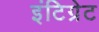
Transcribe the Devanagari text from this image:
इंटिग्रेट